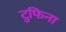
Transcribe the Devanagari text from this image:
टुफिना